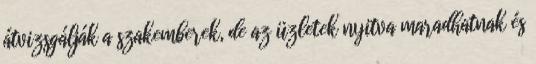
átvizsgálják a szakemberek, de az üzletek nyitva maradhatnak és